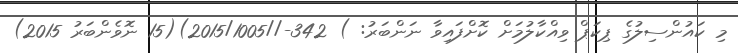
މި ކައުންސިލުގެ ޕިކަޕް ވިއްކާލުމަށް ކޮށްފައިވާ ނަންބަރު: ) 342-//2015/1005)(15 ނޮވެންބަރު 2015)